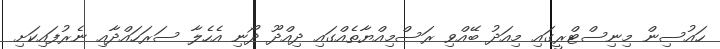
ހައުސިން މިނިސްޓްރީގައި މިއަދު ބޭއްވި ރަސްމިއްޔާތެއްގައި ދިއްދޫ ދޯނި އެހެލާ ސަރަހައްދާއި ނެރުފައިކަށި